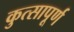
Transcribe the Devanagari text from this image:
कुत्सापूर्ण